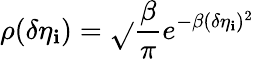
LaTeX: \rho(\delta\eta_{\mathbf{i}})=\sqrt{}{{\frac{{\beta}}{{\pi}}}}e^{-\beta(\delta\eta_{\mathbf{i}})^{2}}